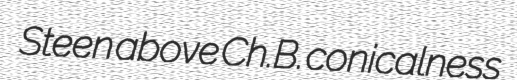
Steen above Ch.B. conicalness